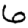
Digit: 6